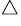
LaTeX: ^{\triangle}